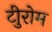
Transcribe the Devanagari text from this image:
टीुरोम